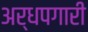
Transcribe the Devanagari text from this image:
अर्धपगारी